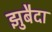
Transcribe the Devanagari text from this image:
झुबैदा